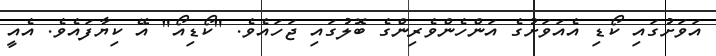
އަވަށުގައި ކޯޑި އެއަވަށުގެ އަންހެންވެރިންގެ ބޮލުގައި ޖަހައެވެ. "ކޯޑިއޯ" އޭ ކިޔާފައެވެ. އެއީ